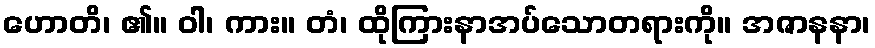
ဟောတိ၊ ၏။ ဝါ၊ ကား။ တံ၊ ထိုကြားနာအပ်သောတရားကို။ အဇာနနာ၊